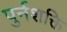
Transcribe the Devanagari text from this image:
पुर्नशक्ति